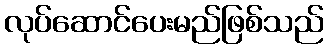
လုပ်ဆောင်ပေးမည်ဖြစ်သည်